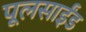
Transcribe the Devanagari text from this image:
पूलसाईंड